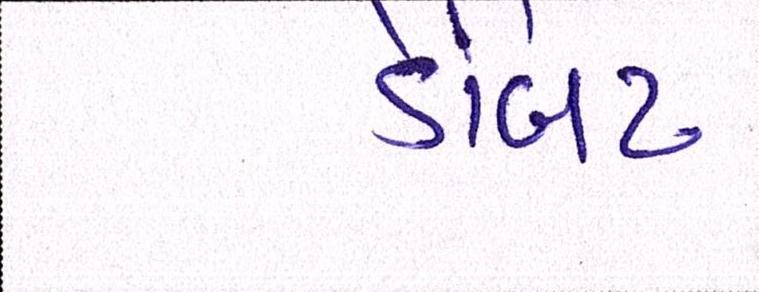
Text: ડેબિટ